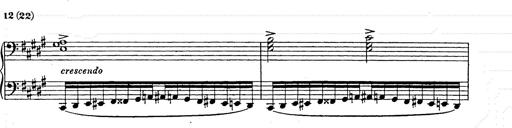
Title: Ballade No.2
Composer: Jan Skrzydlewski
Key: B minor